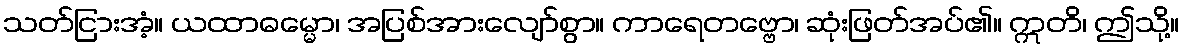
သတ်ငြားအံ့။ ယထာဓမ္မော၊ အပြစ်အားလျော်စွာ။ ကာရေတဗ္ဗော၊ ဆုံးဖြတ်အပ်၏။ ဣတိ၊ ဤသို့။